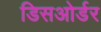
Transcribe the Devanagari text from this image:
डिसओर्डर